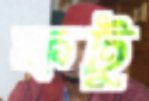
ফটু